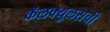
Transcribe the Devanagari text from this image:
कॅलक्युलसची